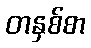
တနှစ်စာ